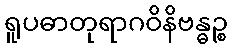
ရူပဓာတုရာဂဝိနိဗန္ဓဉ္စ